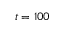
t = 1 0 0